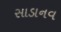
સાડાનવ